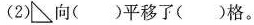
(2) 向()平移了()格。